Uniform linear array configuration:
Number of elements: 8
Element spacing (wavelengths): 0.75
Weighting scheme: hamming
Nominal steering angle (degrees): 0
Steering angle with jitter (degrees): -1.207
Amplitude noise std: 0.05
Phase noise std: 0.05

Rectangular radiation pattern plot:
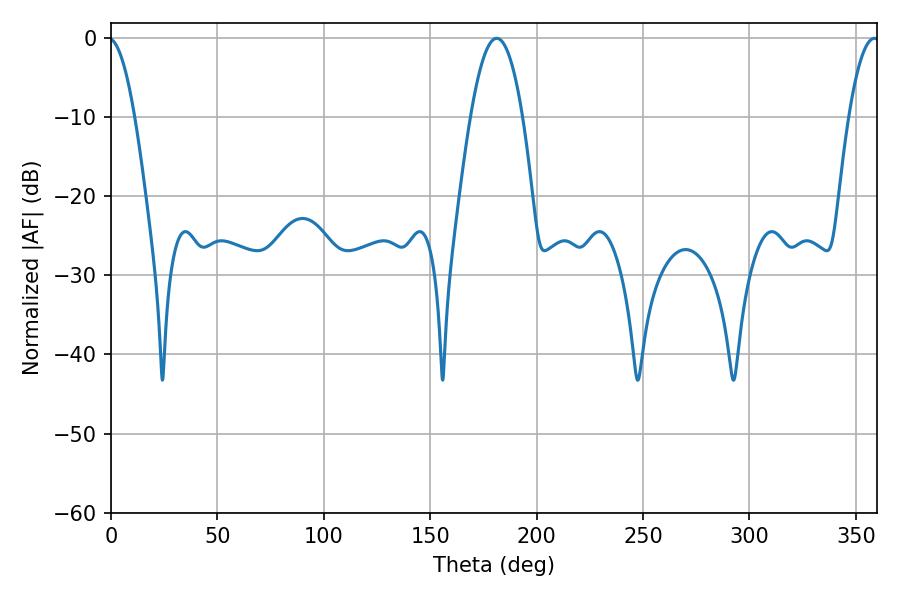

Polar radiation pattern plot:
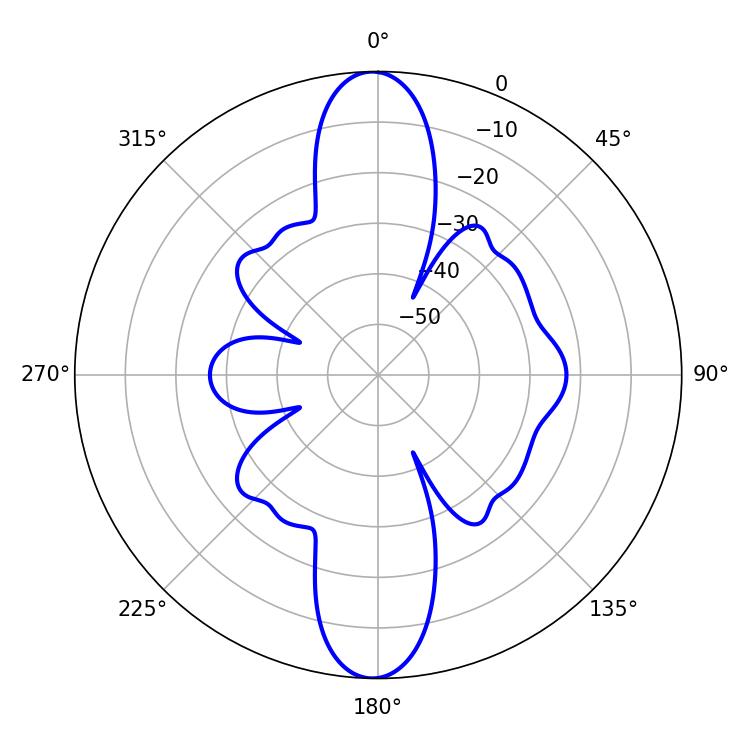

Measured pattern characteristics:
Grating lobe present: TRUE
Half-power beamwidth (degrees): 13.5
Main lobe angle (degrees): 181.26